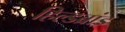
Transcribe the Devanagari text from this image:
हिल्डब्रांड